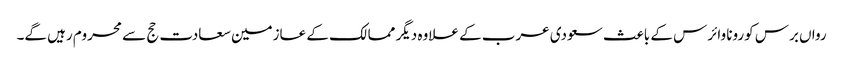
رواں برس کورونا وائرس کے باعث سعودی عرب کے علاوہ دیگر ممالک کے عازمین سعادت حج سے محروم رہیں گے۔